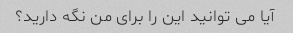
آیا می توانید این را برای من نگه دارید؟